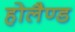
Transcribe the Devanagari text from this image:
होलैण्ड